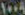
104